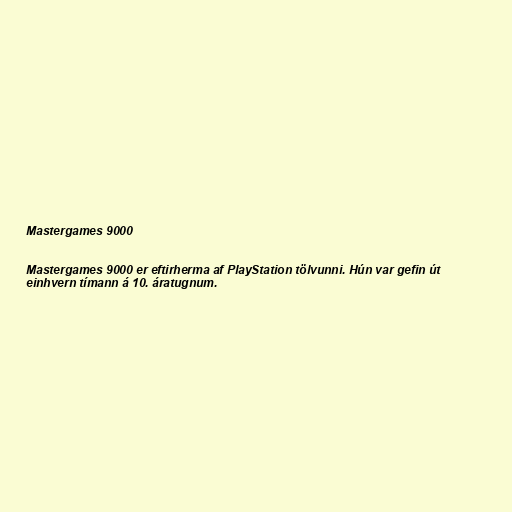
Mastergames 9000

Mastergames 9000 er eftirherma af PlayStation tölvunni. Hún var gefin út
einhvern tímann á 10. áratugnum.